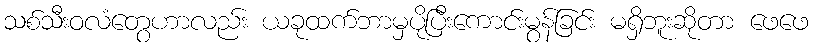
သစ်သီးဝလံတွေဟာလည်း ယခုထက်ဘာမှပိုပြီးကောင်းမွန်ခြင်း မရှိဘူးဆိုတာ ဖေဖေ